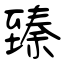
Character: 臻